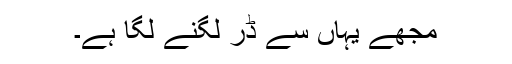
مجھے یہاں سے ڈر لگنے لگا ہے۔